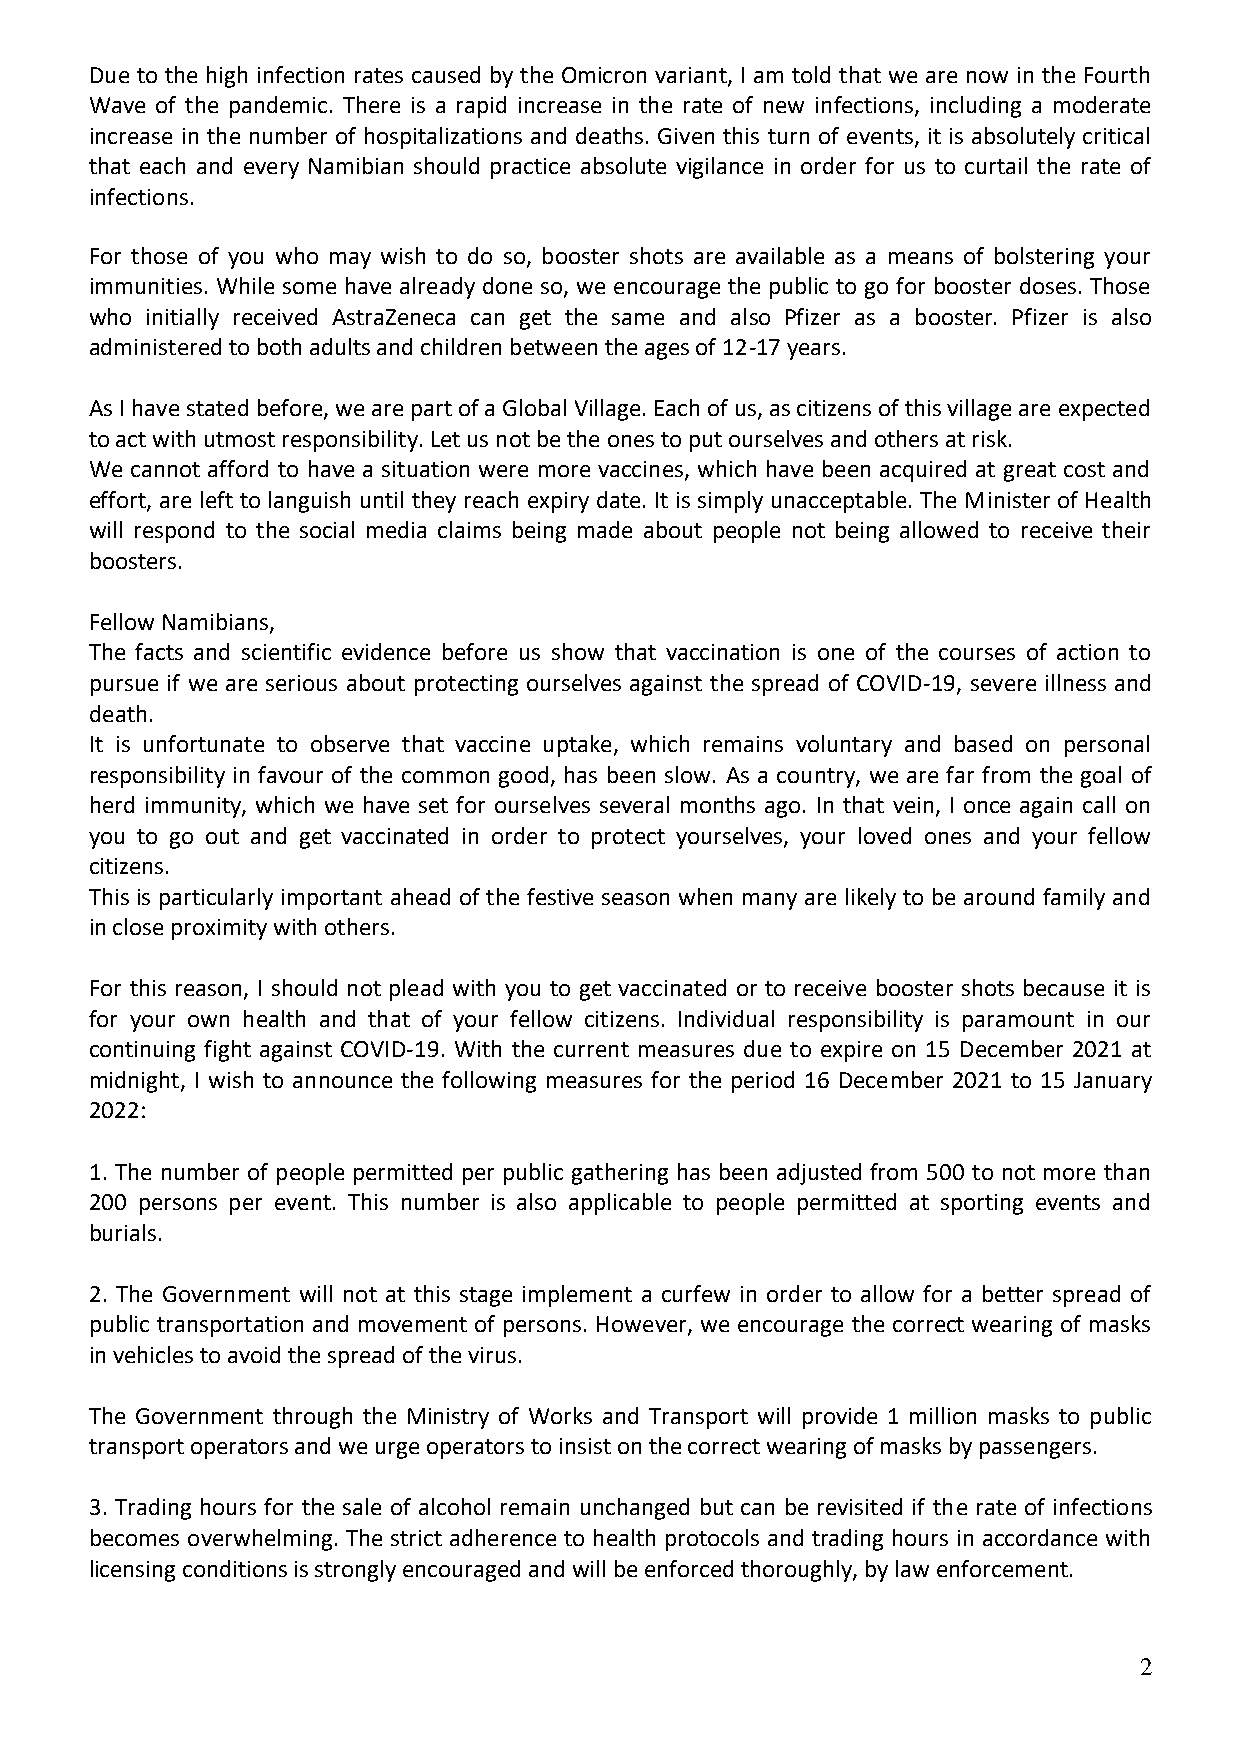
Due to the high infection rates caused by the Omicron variant, I am told that we are now in the Fourth
 Wave of the pandemic. There is a rapid increase in the rate of new infections, including a moderate
 increase in the number of hospitalizations and deaths. Given this turn of events, it is absolutely critical
 that each and every Namibian should practice absolute vigilance in order for us to curtail the rate of
 infections.
 For those of you who may wish to do so, booster shots are available as a means of bolstering your
 immunities. While some have already done so, we encourage the public to go for booster doses. Those
 who initially received AstraZeneca can get the same and also Pfizer as a booster. Pfizer is also
 administered to both adults and children between the ages of 12-17 years.
 As I have stated before, we are part of a Global Village. Each of us, as citizens of this village are expected
 to act with utmost responsibility. Let us not be the ones to put ourselves and others at risk.
 We cannot afford to have a situation were more vaccines, which have been acquired at great cost and
 effort, are left to languish until they reach expiry date. It is simply unacceptable. The Minister of Health
 will respond to the social media claims being made about people not being allowed to receive their
 boosters.
 Fellow Namibians,
 The facts and scientific evidence before us show that vaccination is one of the courses of action to
 pursue if we are serious about protecting ourselves against the spread of COVID-19, severe illness and
 death.
 It is unfortunate to observe that vaccine uptake, which remains voluntary and based on personal
 responsibility in favour of the common good, has been slow. As a country, we are far from the goal of
 herd immunity, which we have set for ourselves several months ago. In that vein, I once again call on
 you to go out and get vaccinated in order to protect yourselves, your loved ones and your fellow
 citizens.
 This is particularly important ahead of the festive season when many are likely to be around family and
 in close proximity with others.
 For this reason, I should not plead with you to get vaccinated or to receive booster shots because it is
 for your own health and that of your fellow citizens. Individual responsibility is paramount in our
 continuing fight against COVID-19. With the current measures due to expire on 15 December 2021 at
 midnight, I wish to announce the following measures for the period 16 December 2021 to 15 January
 2022:
 1. The number of people permitted per public gathering has been adjusted from 500 to not more than
 200 persons per event. This number is also applicable to people permitted at sporting events and
 burials.
 2. The Government will not at this stage implement a curfew in order to allow for a better spread of
 public transportation and movement of persons. However, we encourage the correct wearing of masks
 in vehicles to avoid the spread of the virus.
 The Government through the Ministry of Works and Transport will provide 1 million masks to public
 transport operators and we urge operators to insist on the correct wearing of masks by passengers.
 3. Trading hours for the sale of alcohol remain unchanged but can be revisited if the rate of infections
 becomes overwhelming. The strict adherence to health protocols and trading hours in accordance with
 licensing conditions is strongly encouraged and will be enforced thoroughly, by law enforcement.
 2